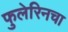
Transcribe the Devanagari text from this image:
फुलेरिनचा